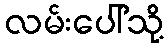
လမ်းပေါ်သို့